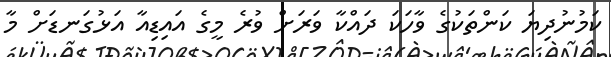
ކަމުނުދިޔަ ކަންތަކުގެ ވާހަކަ ދައްކާ ވަރަށް ވުރެ މީގެ އައިޑިއާ އަޅުގަނޑަށް މާ